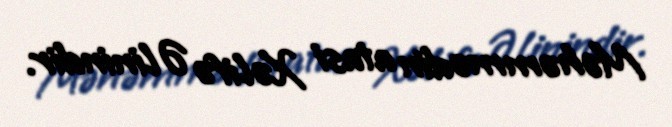
Məhəmmədin atasi Xəlifə Əlinindir.